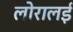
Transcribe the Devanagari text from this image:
लोरालई